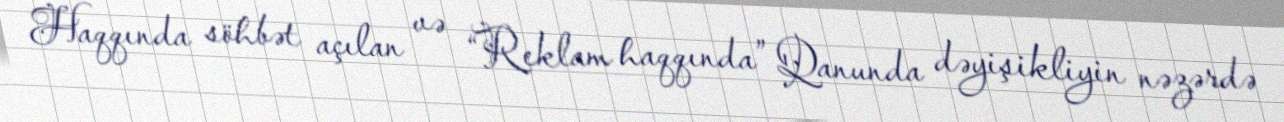
Haqqında söhbət açılan və “Reklam haqqında” Qanunda dəyişikliyin nəzərdə